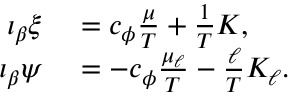
\begin{array} { r l } { \iota _ { \beta } \xi } & { { } = c _ { \phi } \frac { \mu } { T } + \frac 1 T { \cal K } , } \\ { \iota _ { \beta } \psi } & { { } = - c _ { \phi } \frac { \mu _ { \ell } } { T } - \frac { \ell } { T } { \cal K } _ { \ell } . } \end{array}